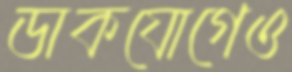
ডাকযোগেও